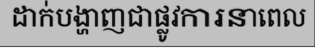
ដាក់បង្ហាញជាផ្លូវការនាពេល